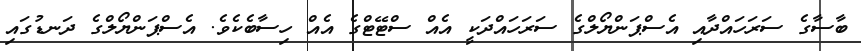
ބާސާގެ ސަރަހައްދާއި އެސްޕަންޔޯލްގެ ސަރަހައްދަކީ އެއް ސްޓޭޓްގެ އެއް ހިސާބެކެވެ. އެސްޕަންޔޯލްގެ ދަނޑުގައި